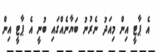
އެ ޕާޓީ އިން މިއަދު ނެރުނު ބަޔާނެއްގައި ބުނީ އެ ޕާޓީ އިން